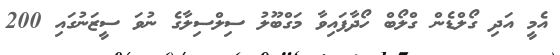
އެމީ އަދި ގޯލްޑެން ގްލޯބް ހޯދާފައިވާ މަގްބޫލު ސިލްސިލާގެ ނުވަ ސީޒަނުގައި 200